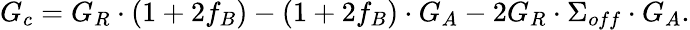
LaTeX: G_{c}=G_{R}\cdot(1+2f_{B})-(1+2f_{B})\cdot G_{A}-2G_{R}\cdot\Sigma_{off}\cdot G_{A}.